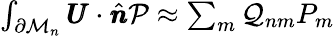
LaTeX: \begin{array}{r}{\int_{\partial\mathcal{M}_{n}}\pmb{U}\cdot\hat{\pmb{n}}\mathcal{P}\approx\sum_{m}\mathcal{Q}_{nm}P_{m}}\end{array}